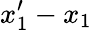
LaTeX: x_{1}^{\prime}-x_{1}